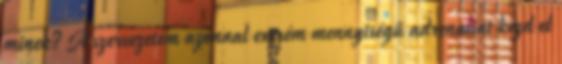
minek? A szervezetem azonnal extrém mennyiségű adrenalint kezd el